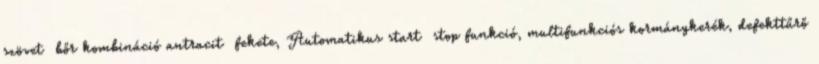
szövet bőr kombináció antracit fekete, Automatikus start stop funkció, multifunkciós kormánykerék, defekttűrő